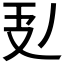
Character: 𭣕